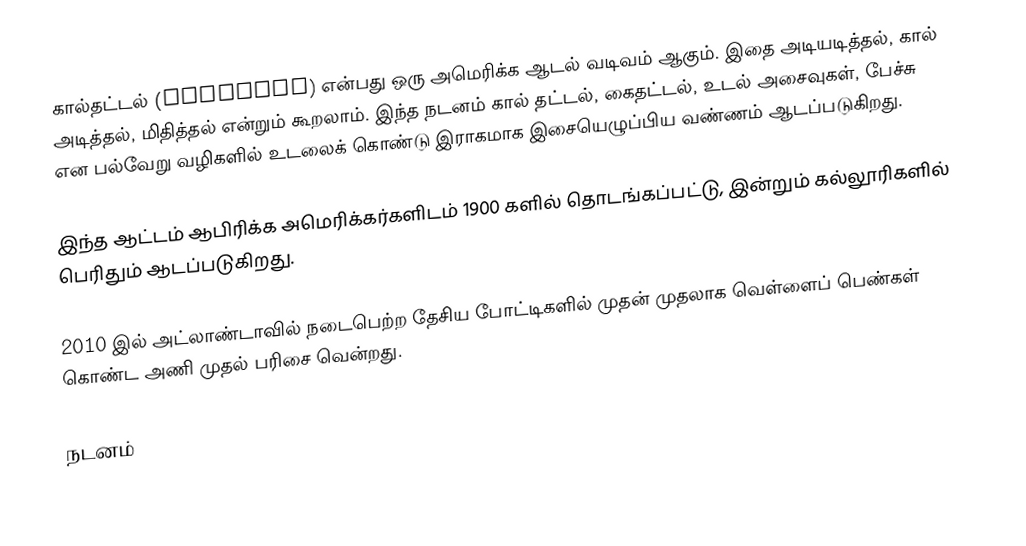
கால்தட்டல் (stepping) என்பது ஒரு அமெரிக்க ஆடல் வடிவம் ஆகும்.  இதை அடியடித்தல், கால் அடித்தல், மிதித்தல் என்றும் கூறலாம்.  இந்த நடனம் கால் தட்டல், கைதட்டல், உடல் அசைவுகள், பேச்சு என பல்வேறு வழிகளில் உடலைக் கொண்டு இராகமாக இசையெழுப்பிய வண்ணம் ஆடப்படுகிறது.

இந்த ஆட்டம் ஆபிரிக்க அமெரிக்கர்களிடம் 1900 களில் தொடங்கப்பட்டு, இன்றும் கல்லூரிகளில் பெரிதும் ஆடப்படுகிறது.

2010 இல் அட்லாண்டாவில் நடைபெற்ற தேசிய போட்டிகளில் முதன் முதலாக வெள்ளைப் பெண்கள் கொண்ட அணி முதல் பரிசை வென்றது.

நடனம்